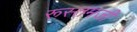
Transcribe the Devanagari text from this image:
रूस्‍तमजी